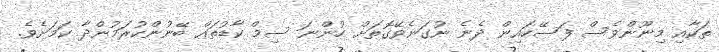
ތަކާއި މިނޫންވެސް ފަސޭހައިން ދެނެ ނުގަނެވޭގޮތަށް ހުންނަ ސިމް ކާޑުތައް ބޭނުންކުރަމުންދާ ކަމަަށެވެ.